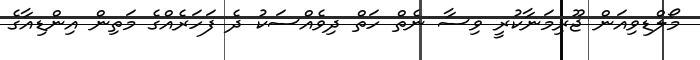
މޯލްޑިވިއަން ޖޫރިމަނާކުރީ ވިސާ ނެތް ހަތް ދިވެއްސަކު ދެ ފަހަރެއްގެ މަތިން އިންޑިއާގެ